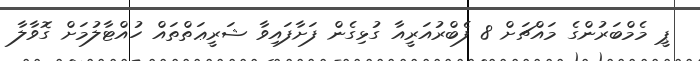
ޕީ މެމްބަރުންގެ މައްޗަށް 8 ފެބްރުއަރީއާ ގުޅިގެން ފަށާފައިވާ ޝަރީޢަތްތައް ހުއްޓާލުމަށް ގޮވާލާ